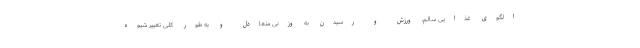
الگوی غذایی سالم، ورزش و رسیدن به وزنی متعادل و به طور کلی تغییر شیوه